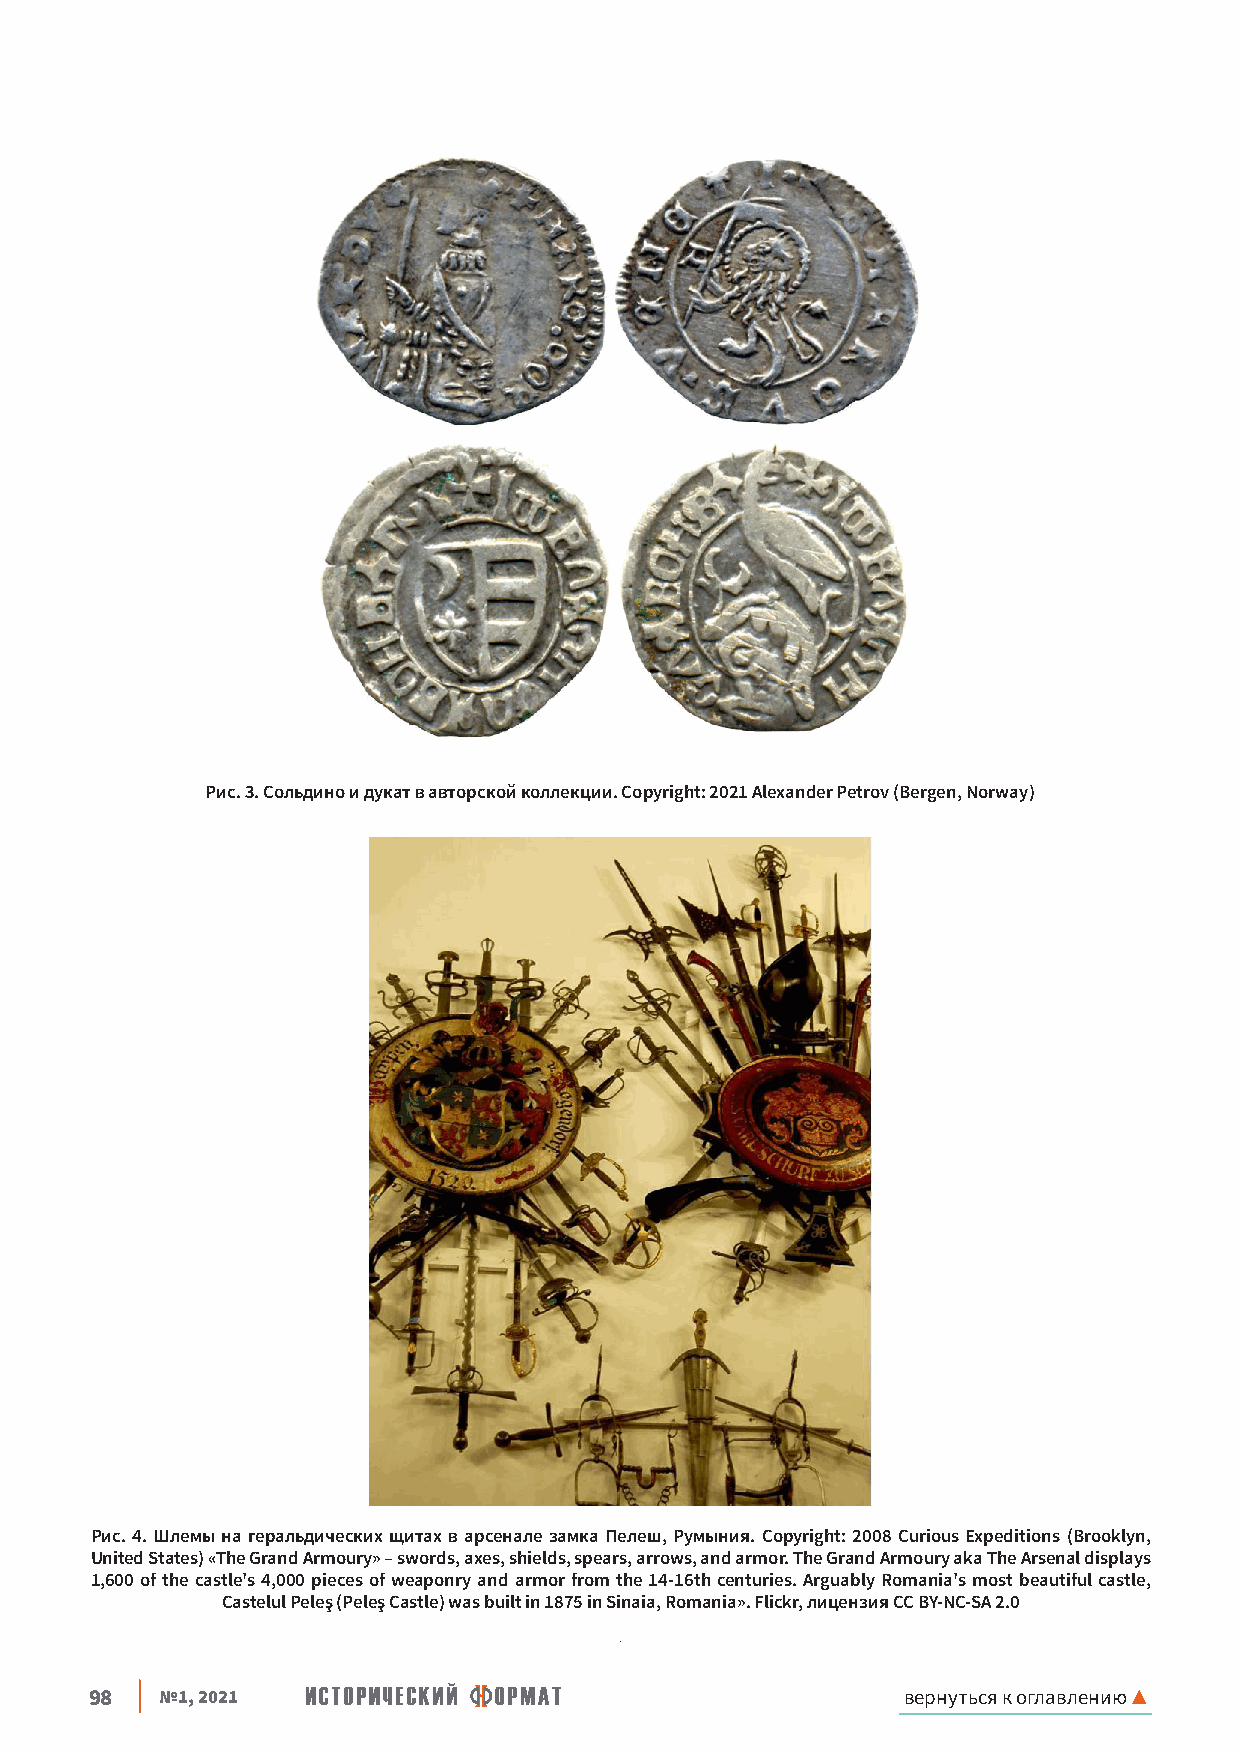
Рис 3 Сольдино и дукат в авторской коллекции Copyright: 2021 Alexander Petrov (Bergen, Norway)
 Рис 4 Шлемы на геральдических щитах в арсенале замка Пелеш, Румыния Copyright: 2008 Curious Expeditions (Brooklyn,
 United States) «The Grand Armoury» – swords, axes, shields, spears, arrows, and armor The Grand Armoury aka The Arsenal displays
 1,600 of the castle's 4,000 pieces of weaponry and armor from the 14-16th centuries Arguably Romania's most beautiful castle,
 Castelul Peleş (Peleş Castle) was built in 1875 in Sinaia, Romania» Flickr, лицензия CC BY-NC-SA 2 0
 98   №1, 2021                                         вернуться к оглавлению ▲